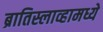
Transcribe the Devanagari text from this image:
ब्रातिस्लाव्हामध्ये